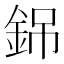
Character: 銱